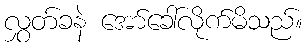
လွှတ်ခနဲ အော်ခေါ်လိုက်မိသည်။